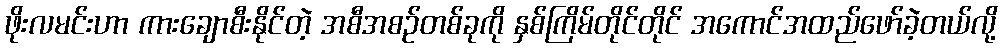
ဖိုးလမင်းဟာ ကားချောစီးနိုင်တဲ့ အစီအစဉ်တစ်ခုကို နှစ်ကြိမ်တိုင်တိုင် အကောင်အထည်ဖော်ခဲ့တယ်လို့